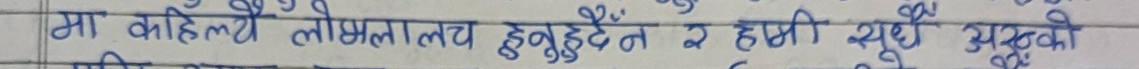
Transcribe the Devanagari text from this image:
मा कहिल्यै लोभी लालच हुनुहुँदैन र हामी सधैँ अरुको